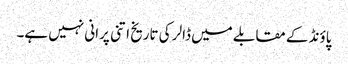
پاؤنڈ کے مقابلے میں ڈالر کی تاریخ اتنی پرانی نہیں ہے۔